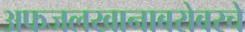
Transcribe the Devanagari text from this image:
अफजलखानाबरोबरचे